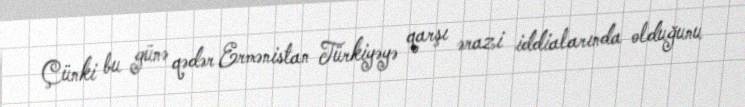
Çünki bu günə qədər Ermənistan Türkiyəyə qarşı ərazi iddialarında olduğunu